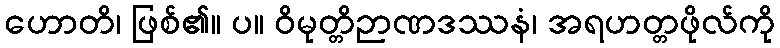
ဟောတိ၊ ဖြစ်၏။ ပ။ ဝိမုတ္တိဉာဏဒဿနံ၊ အရဟတ္တဖိုလ်ကို